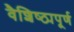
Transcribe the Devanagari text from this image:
वैशिष्ठ्यपूर्ण